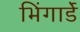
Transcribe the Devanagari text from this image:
भिंगार्डे